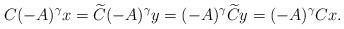
LaTeX: \begin{align*}C (-A)^{\gamma}x = \widetilde C (-A)^{\gamma} y = (-A)^{\gamma}\widetilde C y =(-A)^{\gamma}C x.\end{align*}